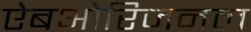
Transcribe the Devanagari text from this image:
ऐबओरिजनल